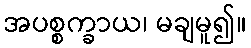
အပစ္စက္ခာယ၊ မချမူ၍။